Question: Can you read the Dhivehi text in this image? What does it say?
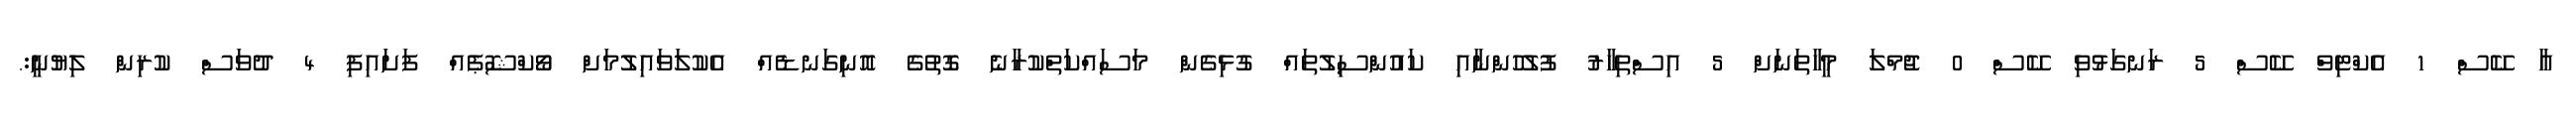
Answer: އާ ކޭސް 1 އެކްޓިވް ކޭސް 5 ރަނގަޅުވި ކޭސް 0 ޖުމްލަ މީހާތަނަށް 5 އިސްތިހާރު ފުލުހުންނާއި ކައުންސިލުތައް ގުޅިގެން މަސައްކަތްކުރާނެ ގޮތުގެ އޮނިގަނޑެއް އެކުލަވައިލުމަށް ވޯކްޝޮޕެއް ފަށައިފި 4 ދުވަސް ކުރިން ލިޔުނީ:.